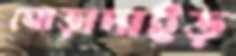
ঘোড়াদাইড়